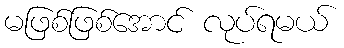
မဖြစ်ဖြစ်အောင် လုပ်ရမယ်